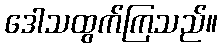
ဒေါသထွက်ကြသည်။